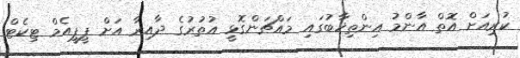
ކުރިއަށް އޮތް އާންމު އިންތިޚާބުގައި މައްޗަންގޮޅީ އުތުރުގެ ދާއިރާ އަށް ޕީޕީއެމް ޓިކެޓް